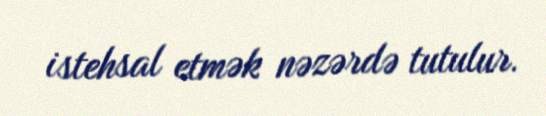
istehsal etmək nəzərdə tutulur.